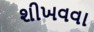
શીખવવા